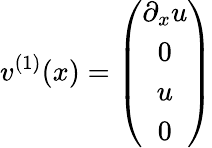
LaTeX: v^{(1)}(x)=\left(\begin{array}{c}{{\partial_{x}u}}\\ {{0}}\\ {{u}}\\ {{0}}\end{array}\right)